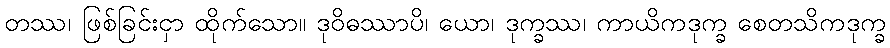
တဿ၊ ဖြစ်ခြင်းငှာ ထိုက်သော။ ဒုဝိဓဿာပိ၊ ယော၊ ဒုက္ခဿ၊ ကာယိကဒုက္ခ စေတသိကဒုက္ခ